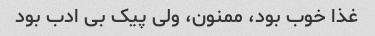
غذا خوب بود، ممنون، ولی پیک بی ادب بود